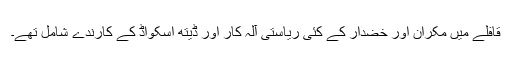
قافلے میں مکران اور خضدار کے کئی ریاستی آلہ کار اور ڈیتھ اسکواڈ کے کارندے شامل تھے۔